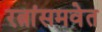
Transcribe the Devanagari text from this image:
रत्नांसमवेत